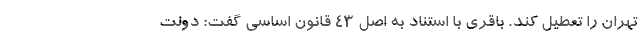
تهران را تعطیل کند. باقری با استناد به اصل ۴۳ قانون اساسی گفت: دولت